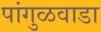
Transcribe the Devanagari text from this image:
पांगुळवाडा